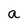
Character: a